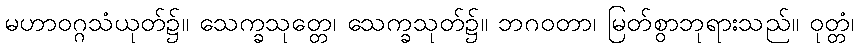
မဟာဝဂ္ဂသံယုတ်၌။ သေက္ခသုတ္တေ၊ သေက္ခသုတ်၌။ ဘဂဝတာ၊ မြတ်စွာဘုရားသည်။ ဝုတ္တံ၊